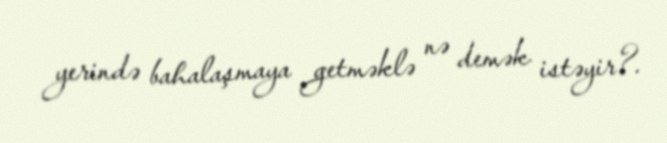
yerində bahalaşmaya getməklə nə demək istəyir?.